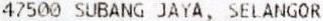
47500 SUBANG JAYA, SELANGOR